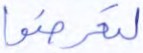
لتعرضوا